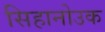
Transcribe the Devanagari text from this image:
सिहानोउक